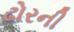
ઢોરની